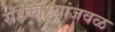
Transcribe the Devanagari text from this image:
सहकार्‍यांजवळ